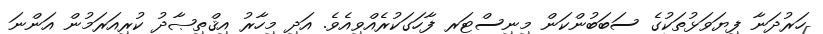
ހަރުދަނާ ފިޔަވަޅުތަކުގެ ސަބަބުންކަން މިނިސްޓަރ ފާހަގަކުރެއްވިއެވެ. އަދި މިހާރު އިޤްތިޞާދު ކުރިއަރަމުން އަންނަ